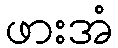
ဖားအံ